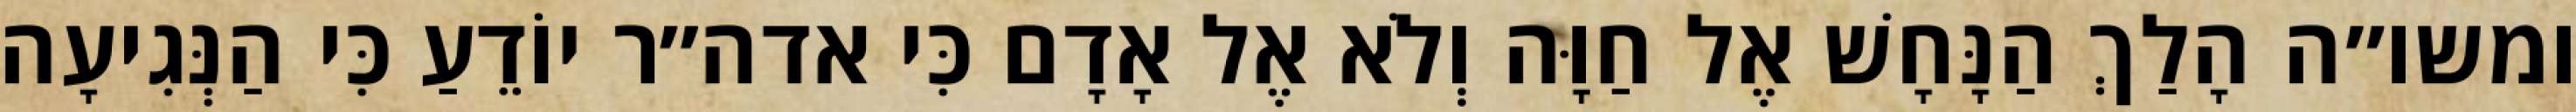
ומשו״ה הָלַךְ הַנָּחָשׁ אֶל חַוָּה וְלֹא אֶל אָדָם כִּי אדה״ר יוֹדֵעַ כִּי הַנְּגִיעָה